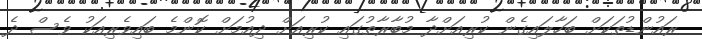
ރައުންޑުތަކަށް ބަހާލައިގެން ކުރިއަށްދާ މުބާރާތުގައި ކުރިއަށް ދިއުމަށް ކޮންމެ ބައިވެރިއަކު ވެސް ދެ